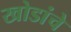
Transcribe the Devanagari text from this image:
खोडांचे